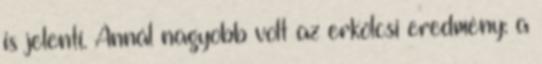
is jelenti. Annál nagyobb volt az erkölcsi eredmény: a